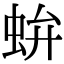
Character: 𧉤